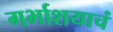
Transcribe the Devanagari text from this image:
गर्भाशयाचं